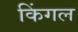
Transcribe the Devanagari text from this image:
किंगल